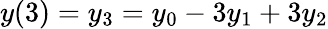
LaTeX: y(3)=y_{3}=y_{0}-3y_{1}+3y_{2}